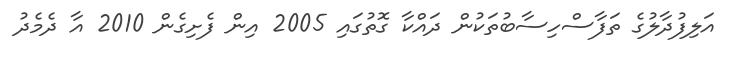
އަލިފުދާލުގެ ތަފާސްހިސާބުތަކުން ދައްކާ ގޮތުގައި 2005 އިން ފެށިގެން 2010 އާ ދެމެދު